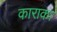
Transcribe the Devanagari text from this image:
काराका